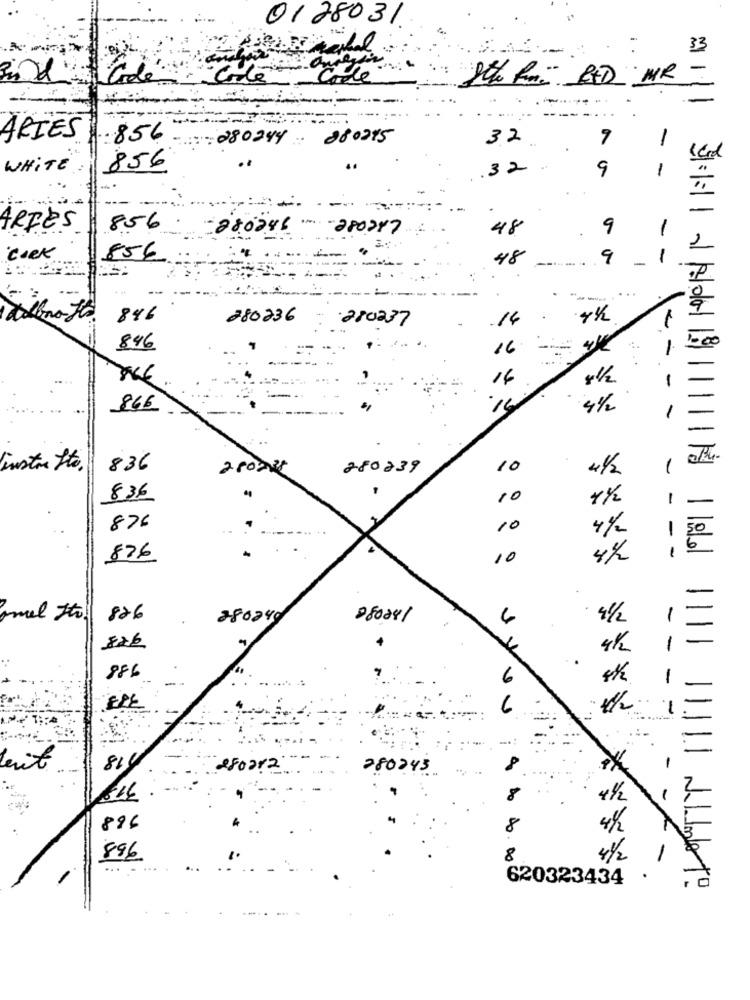
0128031
33
Ste kni RXD MR -
ARIES
:856
:: 280244 :
880215
32
9
-
WHITE
856
32
9
1
ARIES
856
280286 28024
48
9
coek
856
48
9
-
---
...
846
280236
280237
16
846
16
--
16
8 1/2
-
866
16
instan Ito.
836
280225
280239
10
4/2
1
836
10
11/2
1
876
10
4%
-
1
876
10
826
280240
28024/
826
886
6
ERE
6
1/2
**** ****
berit
2800 ??
280243
8
41/2
-
896
8
4/2
896
8
11/2
620323434